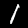
Label: 1